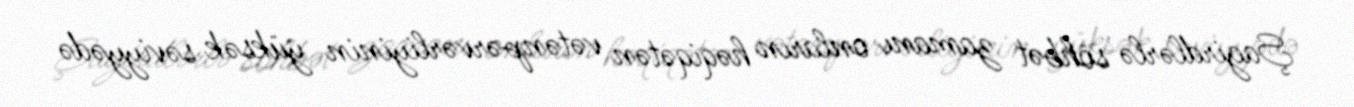
Şagirdlərlə söhbət zamanı onların həqiqətən vətənpərvərliyinin yüksək səviyyədə